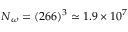
N _ { \omega } = ( 2 6 6 ) ^ { 3 } \simeq 1 . 9 \times 1 0 ^ { 7 }